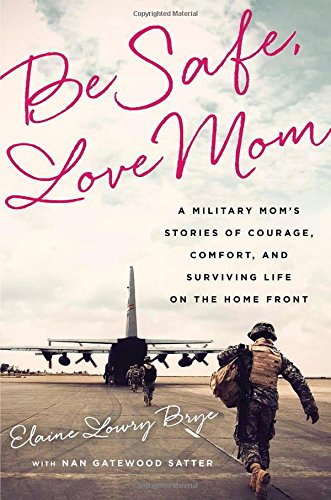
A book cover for Be Safe, Love Mom: A Military Mom's Stories of Courage, Comfort, and Surviving Life on the Home Front; Elaine Lowry Brye; Parenting & Relationships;